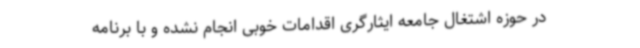
در حوزه اشتغال جامعه ایثارگری اقدامات خوبی انجام نشده و با برنامه